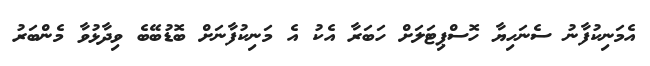
އެމަނިކުފާނު ސެނަހިޔާ ހޮސްޕިޓަލަށް ހަބަރާ އެކު އެ މަނިކުފާނަށް ބޮޑުބޭބެ ވިދާޅުވާ މެންބަރު